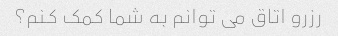
رزرو اتاق می توانم به شما کمک کنم؟